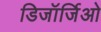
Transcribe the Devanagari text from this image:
डिजॉर्जिओ